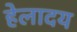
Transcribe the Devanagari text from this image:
हेलादय